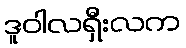
ဒူဝါလရှီးလက